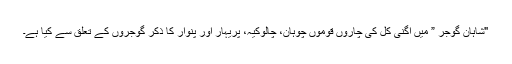
"شاہان گوجر ” میں اگنی کل کی چاروں قوموں چوہان، چالوکیہ، پریہار اور پنوار کا ذکر گوجروں کے تعلق سے کیا ہے۔